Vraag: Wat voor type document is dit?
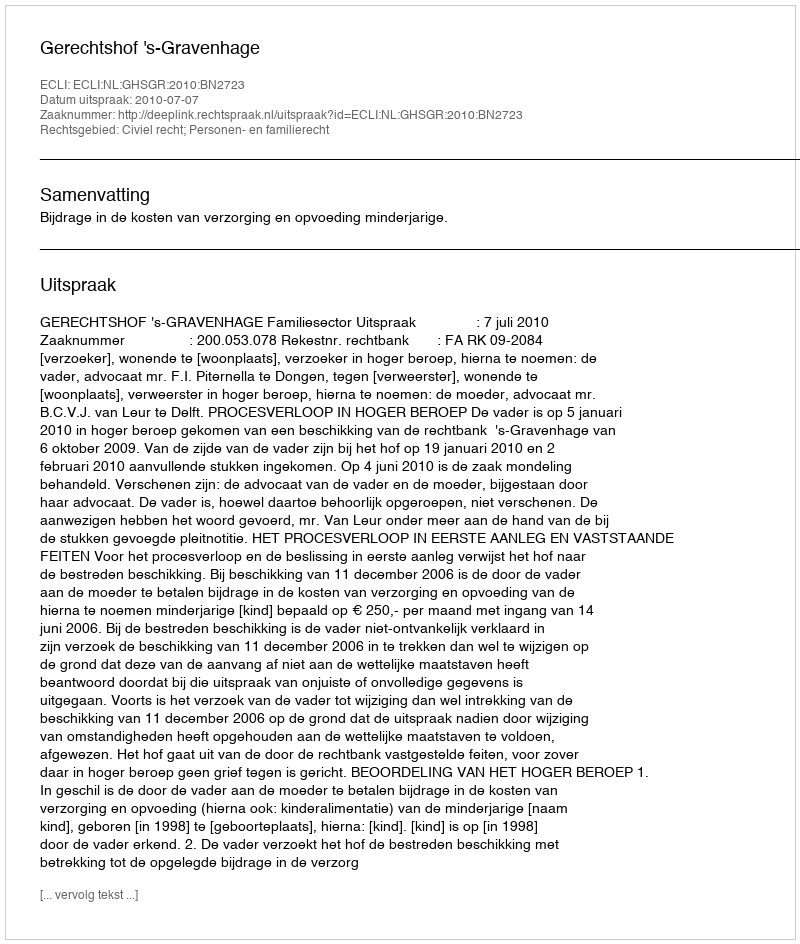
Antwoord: Uitspraak